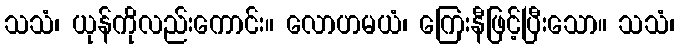
သသံ၊ ယုန်ကိုလည်းကောင်း။ လောဟမယံ၊ ကြေးနီဖြင့်ပြီးသော။ သသံ၊